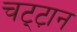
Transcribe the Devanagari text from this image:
चट्ट़ान